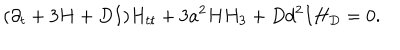
( \partial _ { t } + 3 H + D I ) H _ { t t } + 3 a ^ { 2 } H H _ { 3 } + D d ^ { 2 } I H _ { D } = 0 .